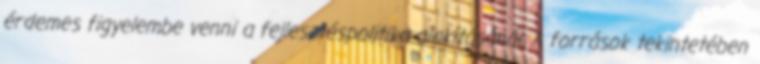
érdemes figyelembe venni a fejlesztéspolitika alakításánál. A források tekintetében